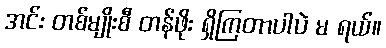
အင်း တစ်မျိုးစီ တန်ဖိုး ရှိကြတာပါပဲ မ ရယ်။